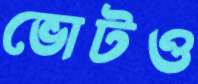
ভোটও